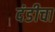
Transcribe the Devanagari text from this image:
दंडीचा